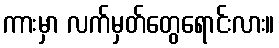
ကားမှာ လက်မှတ်တွေရောင်းလား။